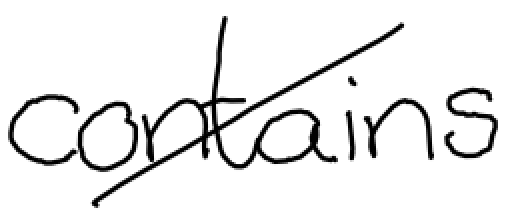
Text: contains
Cross-out: diagonal
Writing tool: digital_black